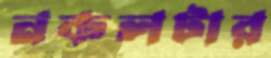
নকলটার